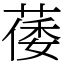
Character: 䔀